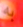
به